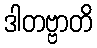
ဒါတဗ္ဗာတိ